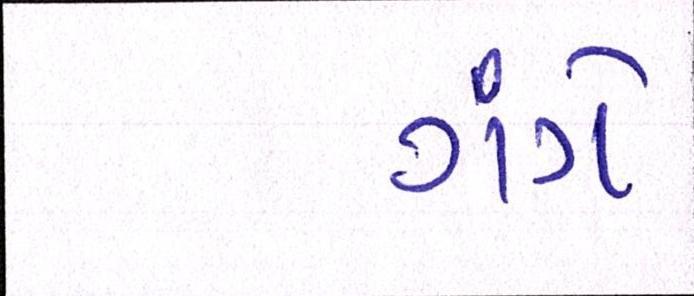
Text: ગંગે